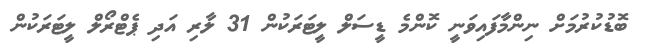
ބޮޑުކުރުމަށް ނިންމާފައިވަނީ ކޮންމެ ޑީސަލް ލީޓަރަކުން 31 ލާރި އަދި ޕެޓްރޯލް ލީޓަރަކުން